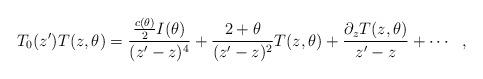
LaTeX: \begin{align*}T_{0}(z^{\prime})T(z,\theta)=\frac{\frac{c(\theta)}{2}I(\theta)}{(z^{\prime}-z)^{4}}+\frac{2+\theta}{(z^{\prime}-z)^{2}}T(z,\theta)+\frac{\partial_{z}T(z,\theta)}{z^{\prime}-z}+\cdots\:\:\:,\end{align*}